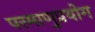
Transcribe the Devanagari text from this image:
परमाणुप्रयोग